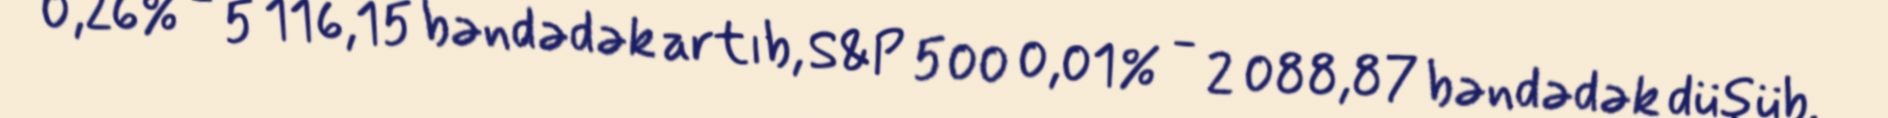
0,26% - 5 116,15 bəndədək artıb, S&P 500 0,01% - 2 088,87 bəndədək düşüb.